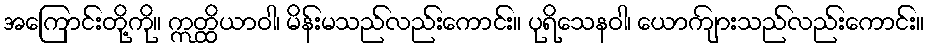
အကြောင်းတို့ကို။ ဣတ္ထိယာဝါ၊ မိန်းမသည်လည်းကောင်း။ ပုရိသေနဝါ၊ ယောကျ်ားသည်လည်းကောင်း။